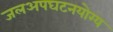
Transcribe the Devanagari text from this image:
जलअपघटनयोग्य